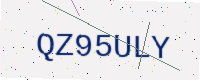
Text: QZ95ULY